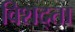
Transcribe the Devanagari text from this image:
विशद्ता